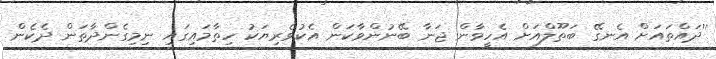
''ދައްތައަށް އެނގޭ ބަތޫލްއަށް އެހީވާން ޖަނާ ބޭނުންވާކަން އެކުވެރިޔަކު ހިތާމައިގައި ނިމިގެންދާތަން ދެކެން